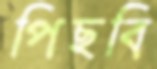
পিছবি